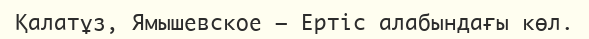
Қалатұз, Ямышевское – Ертіс алабындағы көл.